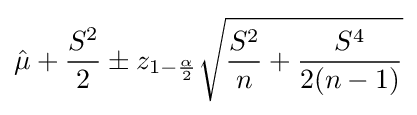
{\hat {\mu }}+{\frac {S^{2}}{2}}\pm z_{1-{\frac {\alpha }{2}}}{\sqrt {{\frac {S^{2}}{n}}+{\frac {S^{4}}{2(n-1)}}}}